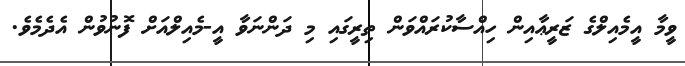
ވީމާ އީމެއިލްގެ ޒަރީޢާއިން ހިއްސާކުރައްވަން ތިރީގައި މި ދަންނަވާ އީ-މެއިލްއަށް ފޮނުވުން އެދެމެވެ.